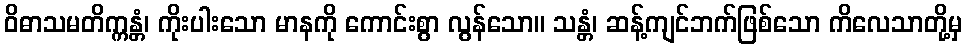
ဝိဓာသမတိက္ကန္တံ၊ ကိုးပါးသော မာနကို ကောင်းစွာ လွန်သော။ သန္တံ၊ ဆန့်ကျင်ဘက်ဖြစ်သော ကိလေသာတို့မှ